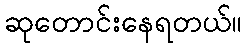
ဆုတောင်းနေရတယ်။